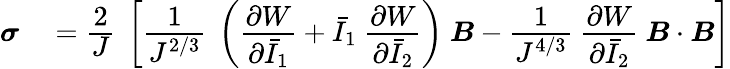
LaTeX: \begin{array}{rl}{{\boldsymbol{\sigma}}}&{{}={\cfrac{2}{J}}~\left[{\cfrac{1}{J^{2/3}}}~\left({\cfrac{\partial W}{\partial{\bar{I}}_{1}}}+{\bar{I}}_{1}~{\cfrac{\partial W}{\partial{\bar{I}}_{2}}}\right)~{\boldsymbol{B}}-{\cfrac{1}{J^{4/3}}}~{\cfrac{\partial W}{\partial{\bar{I}}_{2}}}~{\boldsymbol{B}}\cdot{\boldsymbol{B}}\right]}\end{array}